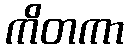
ကိတကာ